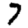
Digit: 7